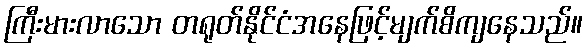
ကြီးမားလာသော တရုတ်နိုင်ငံအနေဖြင့်မျက်စိကျနေသည်။